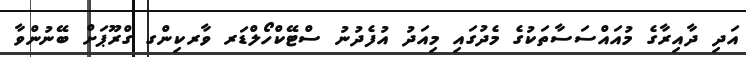
އަދި ދާއިރާގެ މުއައްސަސާތަކުގެ މެދުގައި މިއަދު އުފެދުނު ސްޓޭކްހޯލްޑަރ ވާރކިންގ ގްރޫޕަށް ބޭނުންވާ